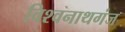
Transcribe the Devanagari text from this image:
विश्‍वनाथगंज